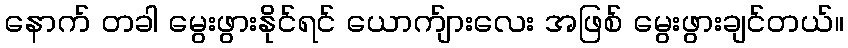
နောက် တခါ မွေးဖွားနိုင်ရင် ယောက်ျားလေး အဖြစ် မွေးဖွားချင်တယ်။